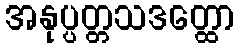
အနုပ္ပတ္တသဒတ္ထော